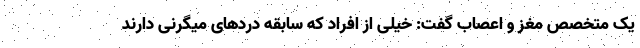
یک متخصص مغز و اعصاب گفت: خیلی از افراد که سابقه دردهای میگرنی دارند